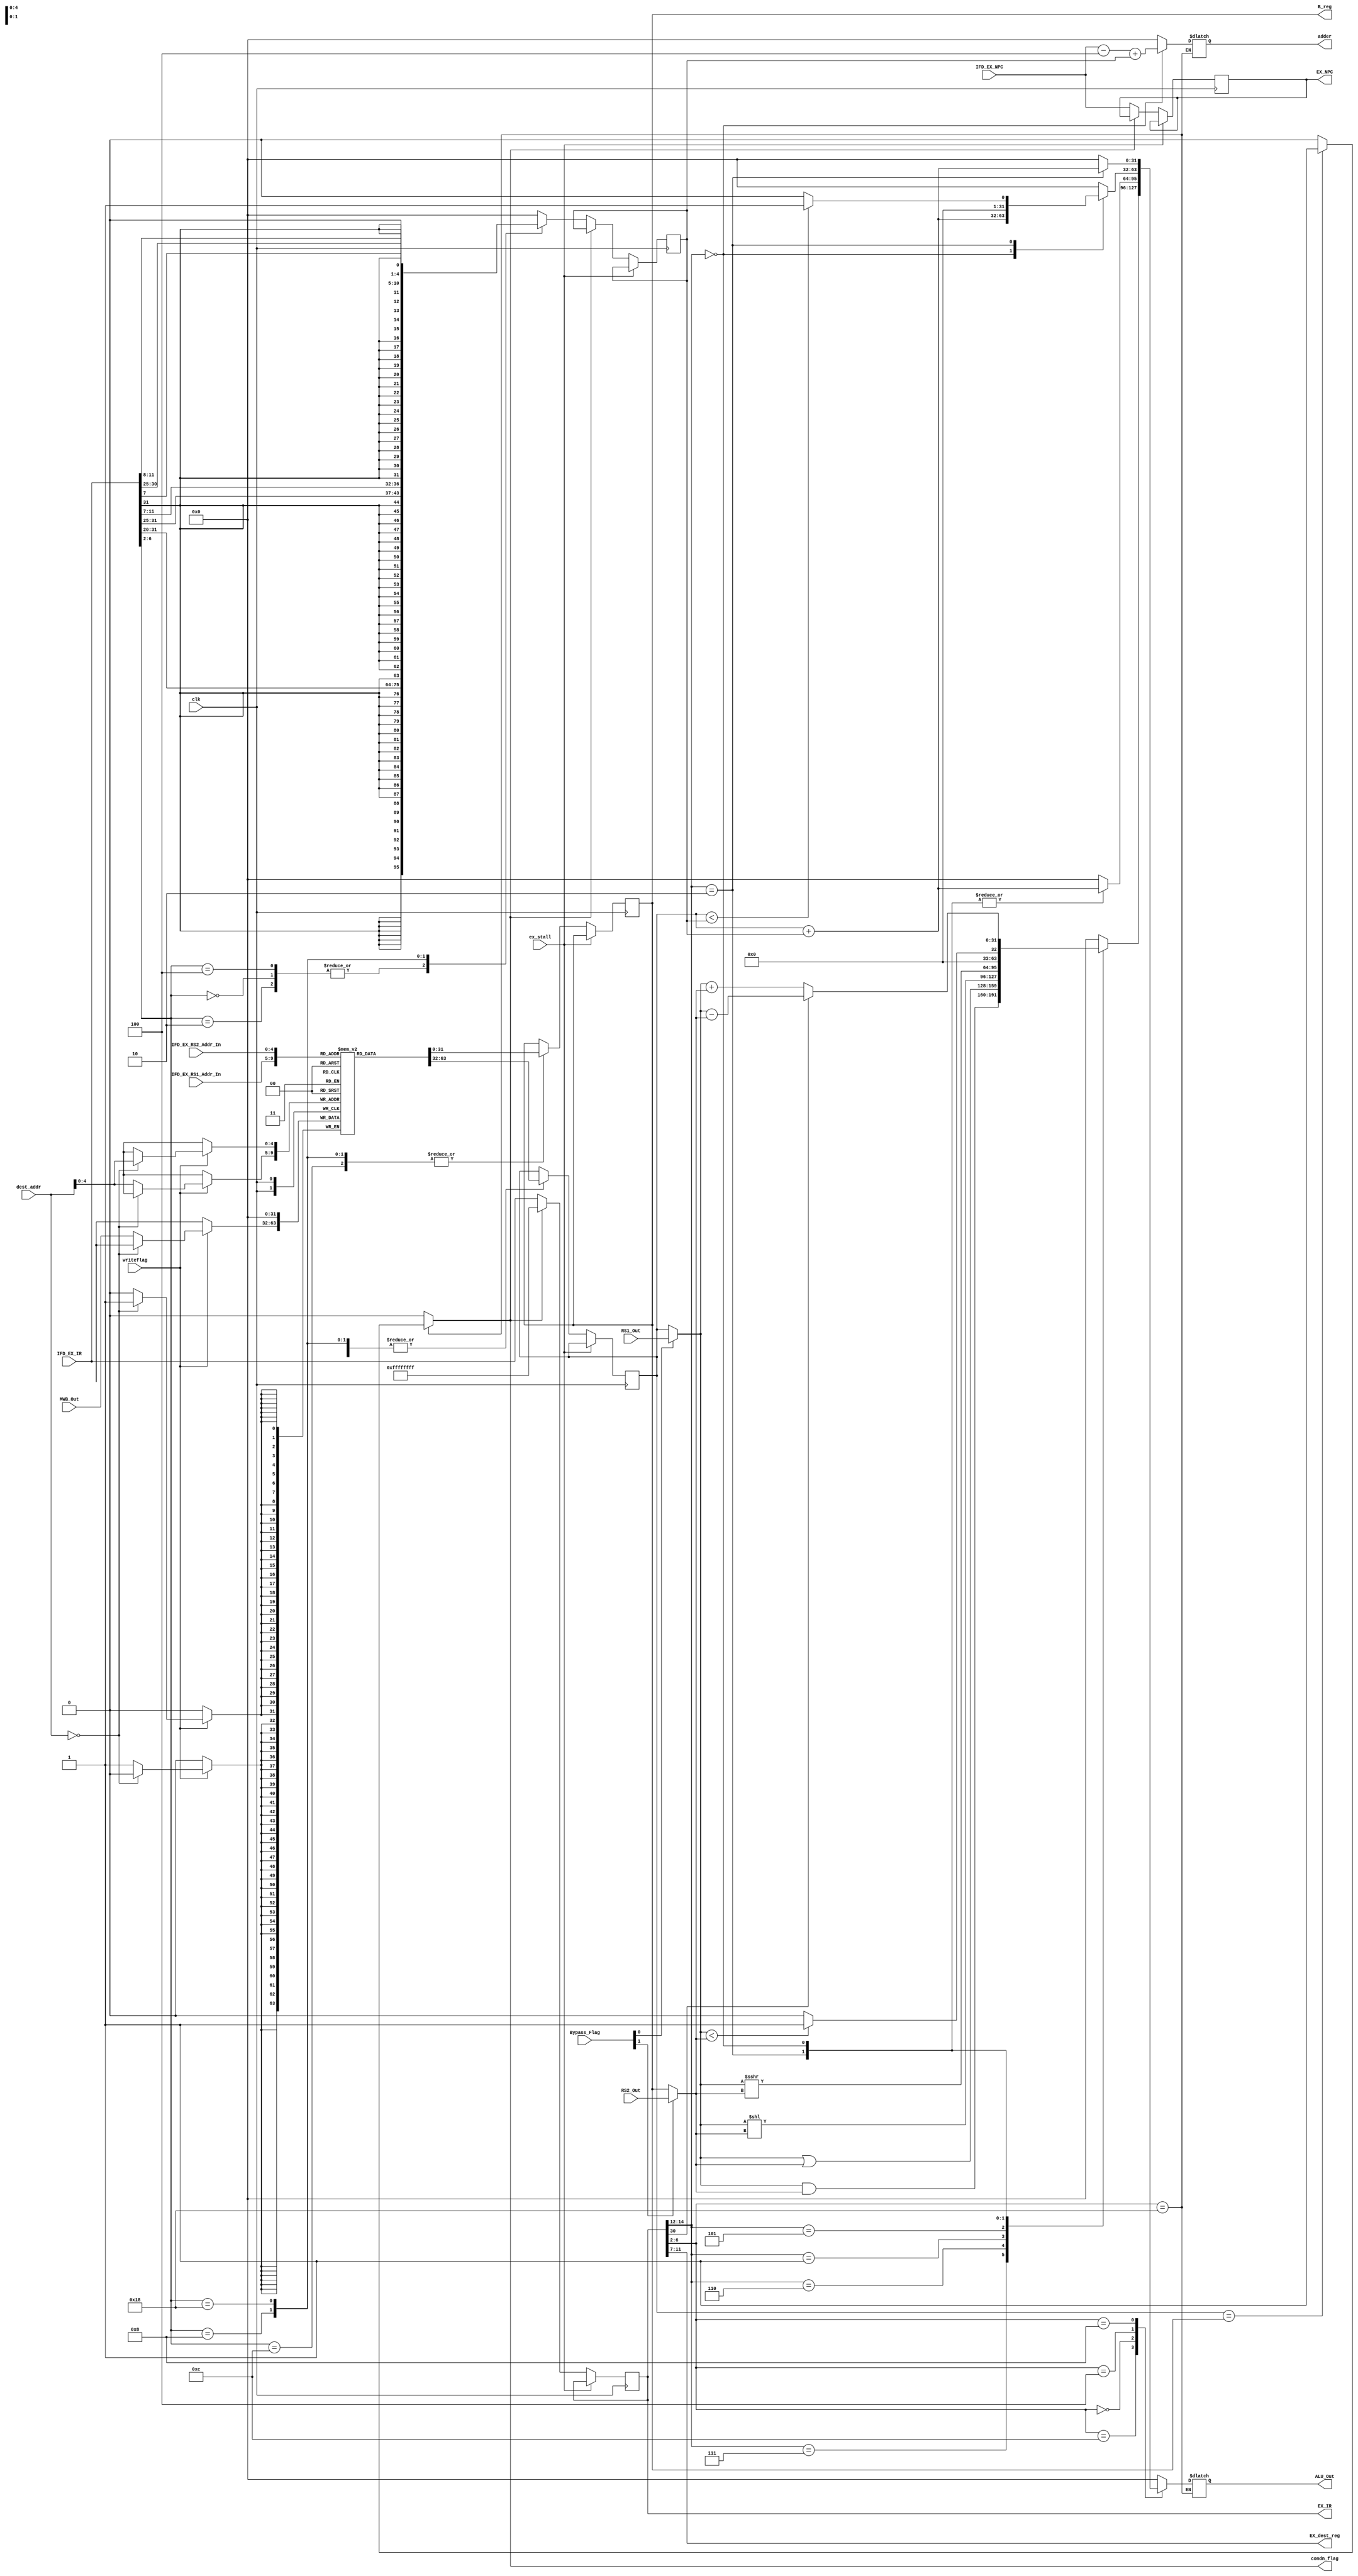
`timescale 1ns / 1ps
//////////////////////////////////////////////////////////////////////////////////
// Company: 
// Engineer: 
// 
// Design Name: 
// Module Name: EX
// Project Name: 
// Target Devices: 
// Tool Versions: 
// Description: 
// 
// Dependencies: 
// 
// Revision:
// Revision 0.01 - File Created
// Additional Comments:
// 
//////////////////////////////////////////////////////////////////////////////////


module EX(clk,ex_stall,Bypass_Flag,RS1_Out,RS2_Out,writeflag,dest_addr,MWB_Out,IFD_EX_RS1_Addr_In,IFD_EX_RS2_Addr_In,IFD_EX_IR,IFD_EX_NPC,EX_IR,EX_NPC,ALU_Out,condn_flag,B_reg,EX_dest_reg,adder

    );
    
    input ex_stall;
    input clk;
//    input condn_flag;
    input writeflag;
    input [1:0] Bypass_Flag;
    input [31:0] IFD_EX_NPC;
    input [31:0] IFD_EX_IR;
    input [31:0] dest_addr;
    input [31:0] MWB_Out;
    input [31:0] RS1_Out;
    input [31:0] RS2_Out;
    input [4:0] IFD_EX_RS1_Addr_In;
    input [4:0] IFD_EX_RS2_Addr_In;
    
    output reg condn_flag;
    output reg [31:0] EX_IR;
    output reg [31:0] EX_NPC;
    output reg [31:0] ALU_Out;
    output reg [31:0] adder;
    output reg [4:0] EX_dest_reg;
    
    reg signed [31:0] A_reg; 
    output reg signed [31:0] B_reg;
    reg signed [31:0] Register[0 : 31];
    reg signed [31:0] Imm; 
    wire [31:0] A,B;
    
    initial begin
    Register[0] = 0;
    Register[1] = 0;
    Register[2] = 6;
    Register[7] = 5;
    Register[4] = 100;
    Register[8] = 56;
    Register[9] = 24;
    Register[14] = 77;
    Register[18] = 18;
    Register[17] = 18;
    end
    
    
    always@(posedge clk) begin
    if(ex_stall!=1'b1) begin
    case(IFD_EX_IR[6:2])
    5'b01100,5'b01000,5'b11000: begin //Register Type, Store, Branch
                A_reg<=Register[IFD_EX_RS1_Addr_In];
//                A_reg<=0;
                B_reg<=Register[IFD_EX_RS2_Addr_In];
              end
    5'b00000,5'b00100: begin //Load, Immediate
                A_reg<=Register[IFD_EX_RS1_Addr_In]; 
                              
              end
    endcase
    end
    end
    
    // loading Imm value from instruction register
    always@(posedge clk) begin
        if(ex_stall !=1'b1) begin
        if(condn_flag==1'b1) begin
        EX_IR<=32'b11111111111111111111111111111111;
        end
        else begin
        case(IFD_EX_IR[6:2])
        5'b00100,5'b00000,5'b00010:              // Imm-type & load & loadNoc
                  Imm<={{20{IFD_EX_IR[31]}},IFD_EX_IR[31:20]};
                 
        5'b01000:                         // store
                  Imm<={{20{IFD_EX_IR[31]}},{IFD_EX_IR[31:25],IFD_EX_IR[11:7]}};
        5'b11000:
                  Imm<={{20{IFD_EX_IR[31]}},{IFD_EX_IR[31]},{IFD_EX_IR[7]},{IFD_EX_IR[30:25]},{IFD_EX_IR[11:8]},1'b0};  
        default:  Imm<=32'b0;
        endcase
        EX_IR<=IFD_EX_IR;
        EX_NPC<=IFD_EX_NPC;
        end
        end
    //    else begin
    //    IF_ID_IR<=IF_ID_IR;
    //    IF_ID_NPC<=IF_ID_NPC;
    //    end
        
    end 
    
    
    assign A = (Bypass_Flag[0]==1'b1)?RS1_Out:A_reg;
    assign B = (Bypass_Flag[1]==1'b1)?RS2_Out:B_reg;
    
    always@(*) begin
    
    case(EX_IR[6:2])
            5'b01100: begin                 // register type
                      condn_flag=1'b0;
                      case(EX_IR[14:12])
                                    3'b111: ALU_Out = A & B;
                                    3'b110: ALU_Out = A | B;
                                    3'b001: ALU_Out = A<< B;
                                    3'b101: ALU_Out = A >>> B;
                                    3'b010: ALU_Out = (A< B)? 1'b1 : 1'b0;
                                    3'b000: begin
                                            if(EX_IR[30])
                                                ALU_Out= A - B;
                                            else
                                                ALU_Out= A + B;
                                            end
                                    default: ALU_Out = 32'd0;
                      endcase
                      
                      end
            5'b00000: begin               // load type 
                      condn_flag=1'b0;
                      case(EX_IR[14:12])
                                    3'b000: ALU_Out = A_reg + Imm;
                                    3'b010: ALU_Out = A_reg + Imm;
                                    default: ALU_Out = 32'd0;
                      endcase
                      end
                      
             5'b00100:begin //Imm_type
                      condn_flag=1'b0;
                      case(EX_IR[14:12])
                                    3'b000: ALU_Out = A_reg + Imm;
                                    3'b010: ALU_Out = (A_reg < Imm) ? 1'b1 : 1'b0;
                                    default: ALU_Out = 32'd0;
                      endcase
                      end
                      
            5'b01000: begin             // store_type
                      condn_flag=1'b0;
                      case(EX_IR[14:12])
                                    3'b010:ALU_Out = A_reg + Imm;
                                    default: ALU_Out = 32'd0;
                      endcase
                      end
                      
            5'b11000: begin             //Branch
                      case(EX_IR[14:12])
                                    3'b000:adder = IFD_EX_NPC-4 + Imm;
                                    default: adder = 32'd0;
                      endcase
                      condn_flag=(A_reg==B_reg)?1'b1:1'b0;
//                      x_condn_flag=1;
                      end
          default: begin 
                     condn_flag=1'b0;
                     ALU_Out=32'd0;
                     end
    endcase
    EX_dest_reg <= EX_IR[11:7];  
    end
 
    // writing in to the register
always@(posedge clk) begin
    if( writeflag==1'b1) begin
        if(dest_addr==5'b00000) begin
            Register[dest_addr]<=32'd0;   
        end
        else begin
            Register[dest_addr]<=MWB_Out; 
            end 
    end
    
end
endmodule